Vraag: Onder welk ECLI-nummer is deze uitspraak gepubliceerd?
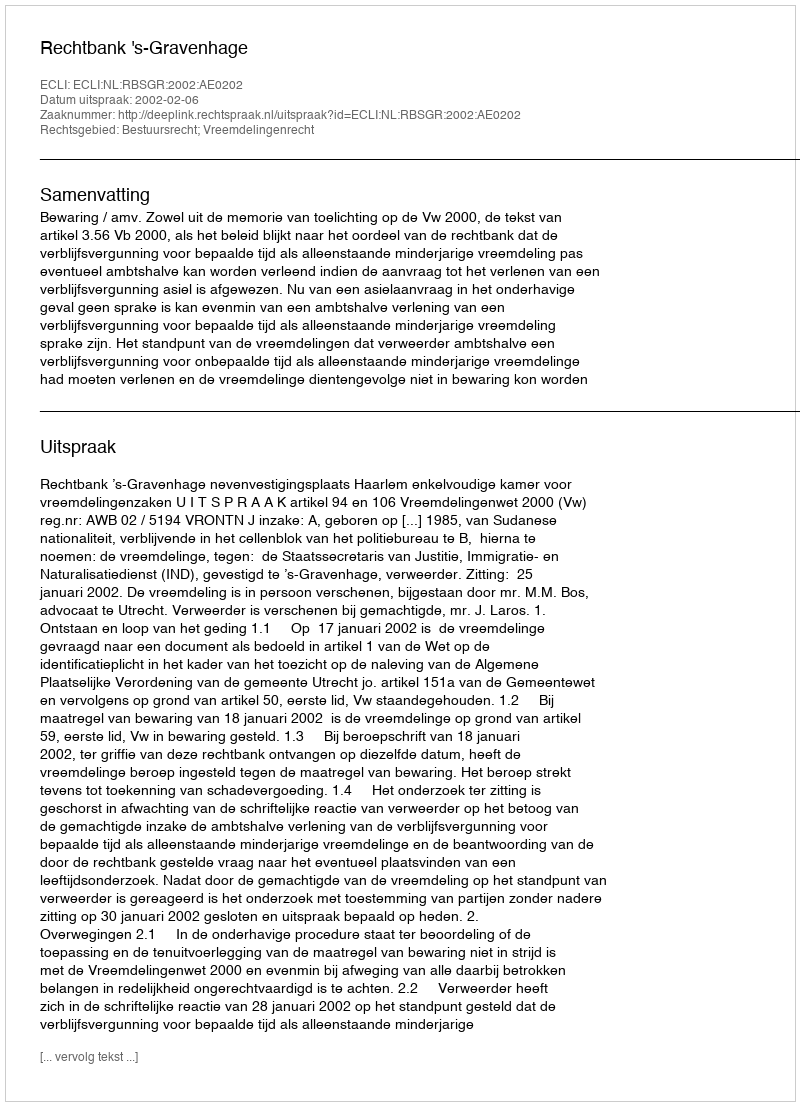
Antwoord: ECLI:NL:RBSGR:2002:AE0202